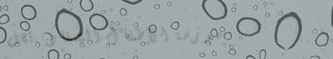
مدرسة الأطفال الصغار: تعل